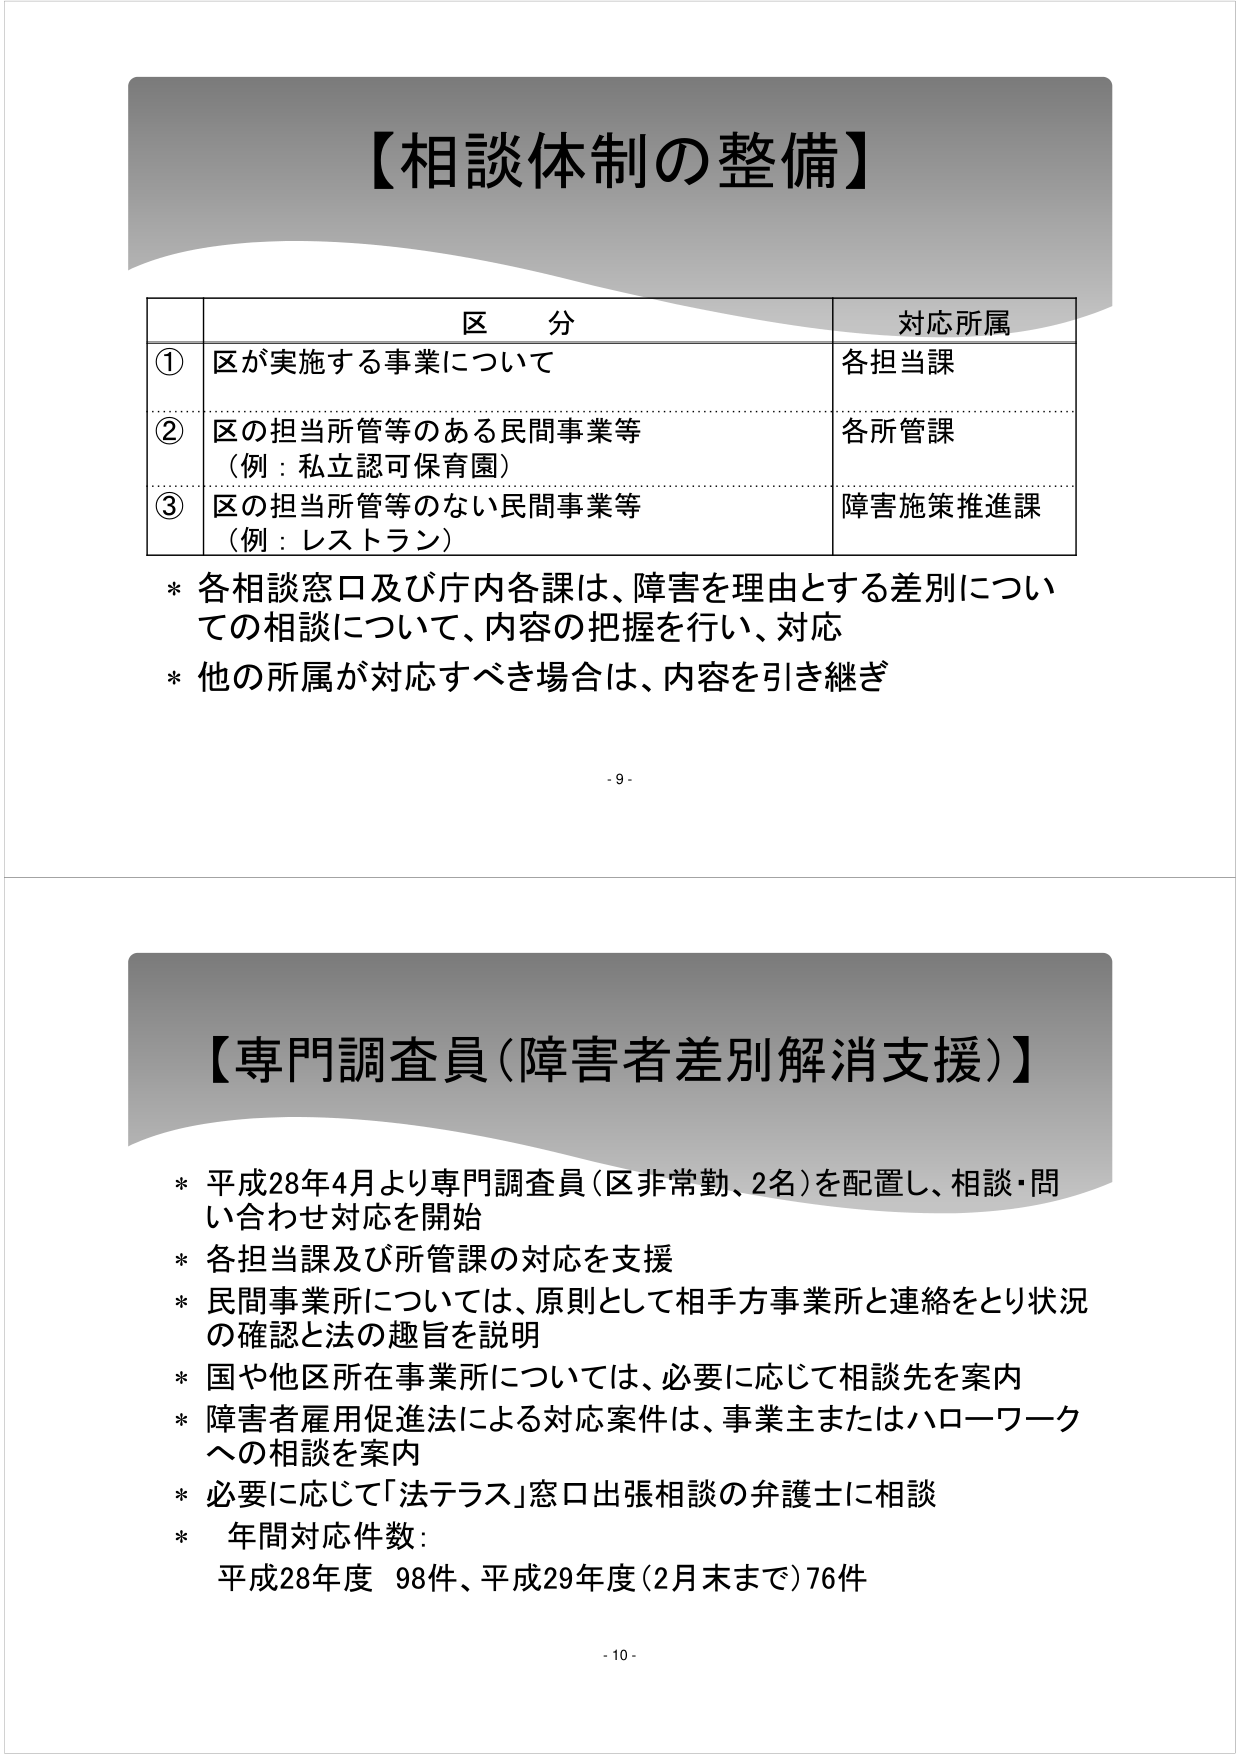
【相談体制の整備】

区 分 対応所属
① 区が実施する事業について 各担当課
② 区の担当所管等のある民間事業等 （例：私立認可保育園） 各所管課
③ 区の担当所管等のない民間事業等 （例：レストラン） 障害施策推進課

* 各相談窓口及び庁内各課は、障害を理由とする差別についての相談について、内容の把握を行い、対応
* 他の所属が対応すべき場合は、内容を引き継ぎ

- 9 -

【専門調査員（障害者差別解消支援）】

* 平成28年4月より専門調査員（区非常勤、2名）を配置し、相談・問い合わせ対応を開始
* 各担当課及び所管課の対応を支援
* 民間事業所については、原則として相手方事業所と連絡をとり状況の確認と法の趣旨を説明
* 国や他区所在事業所については、必要に応じて相談先を案内
* 障害者雇用促進法による対応案件は、事業主またはハローワークへの相談を案内
* 必要に応じて「法テラス」窓口出張相談の弁護士に相談
* 年間対応件数：
平成28年度 98件、平成29年度（2月末まで）76件

- 10 -